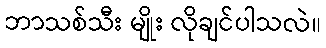
ဘာသစ်သီး မျိုး လိုချင်ပါသလဲ။